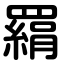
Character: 羂